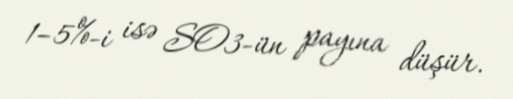
1–5%-i isə SO3-ün payına düşür.